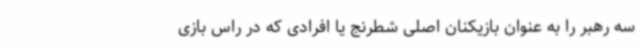
سه رهبر را به عنوان بازیکنان اصلی شطرنج یا افرادی که در راس بازی‌